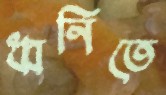
ধ্বনিতে